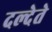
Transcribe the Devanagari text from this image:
दल्देते